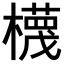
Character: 𣝱